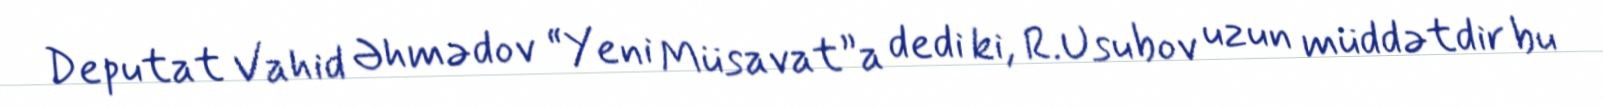
Deputat Vahid Əhmədov “Yeni Müsavat”a dedi ki, R.Usubov uzun müddətdir bu